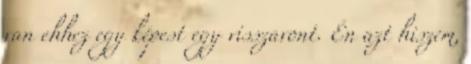
van ehhez egy képest egy visszavont. Én azt hiszem,